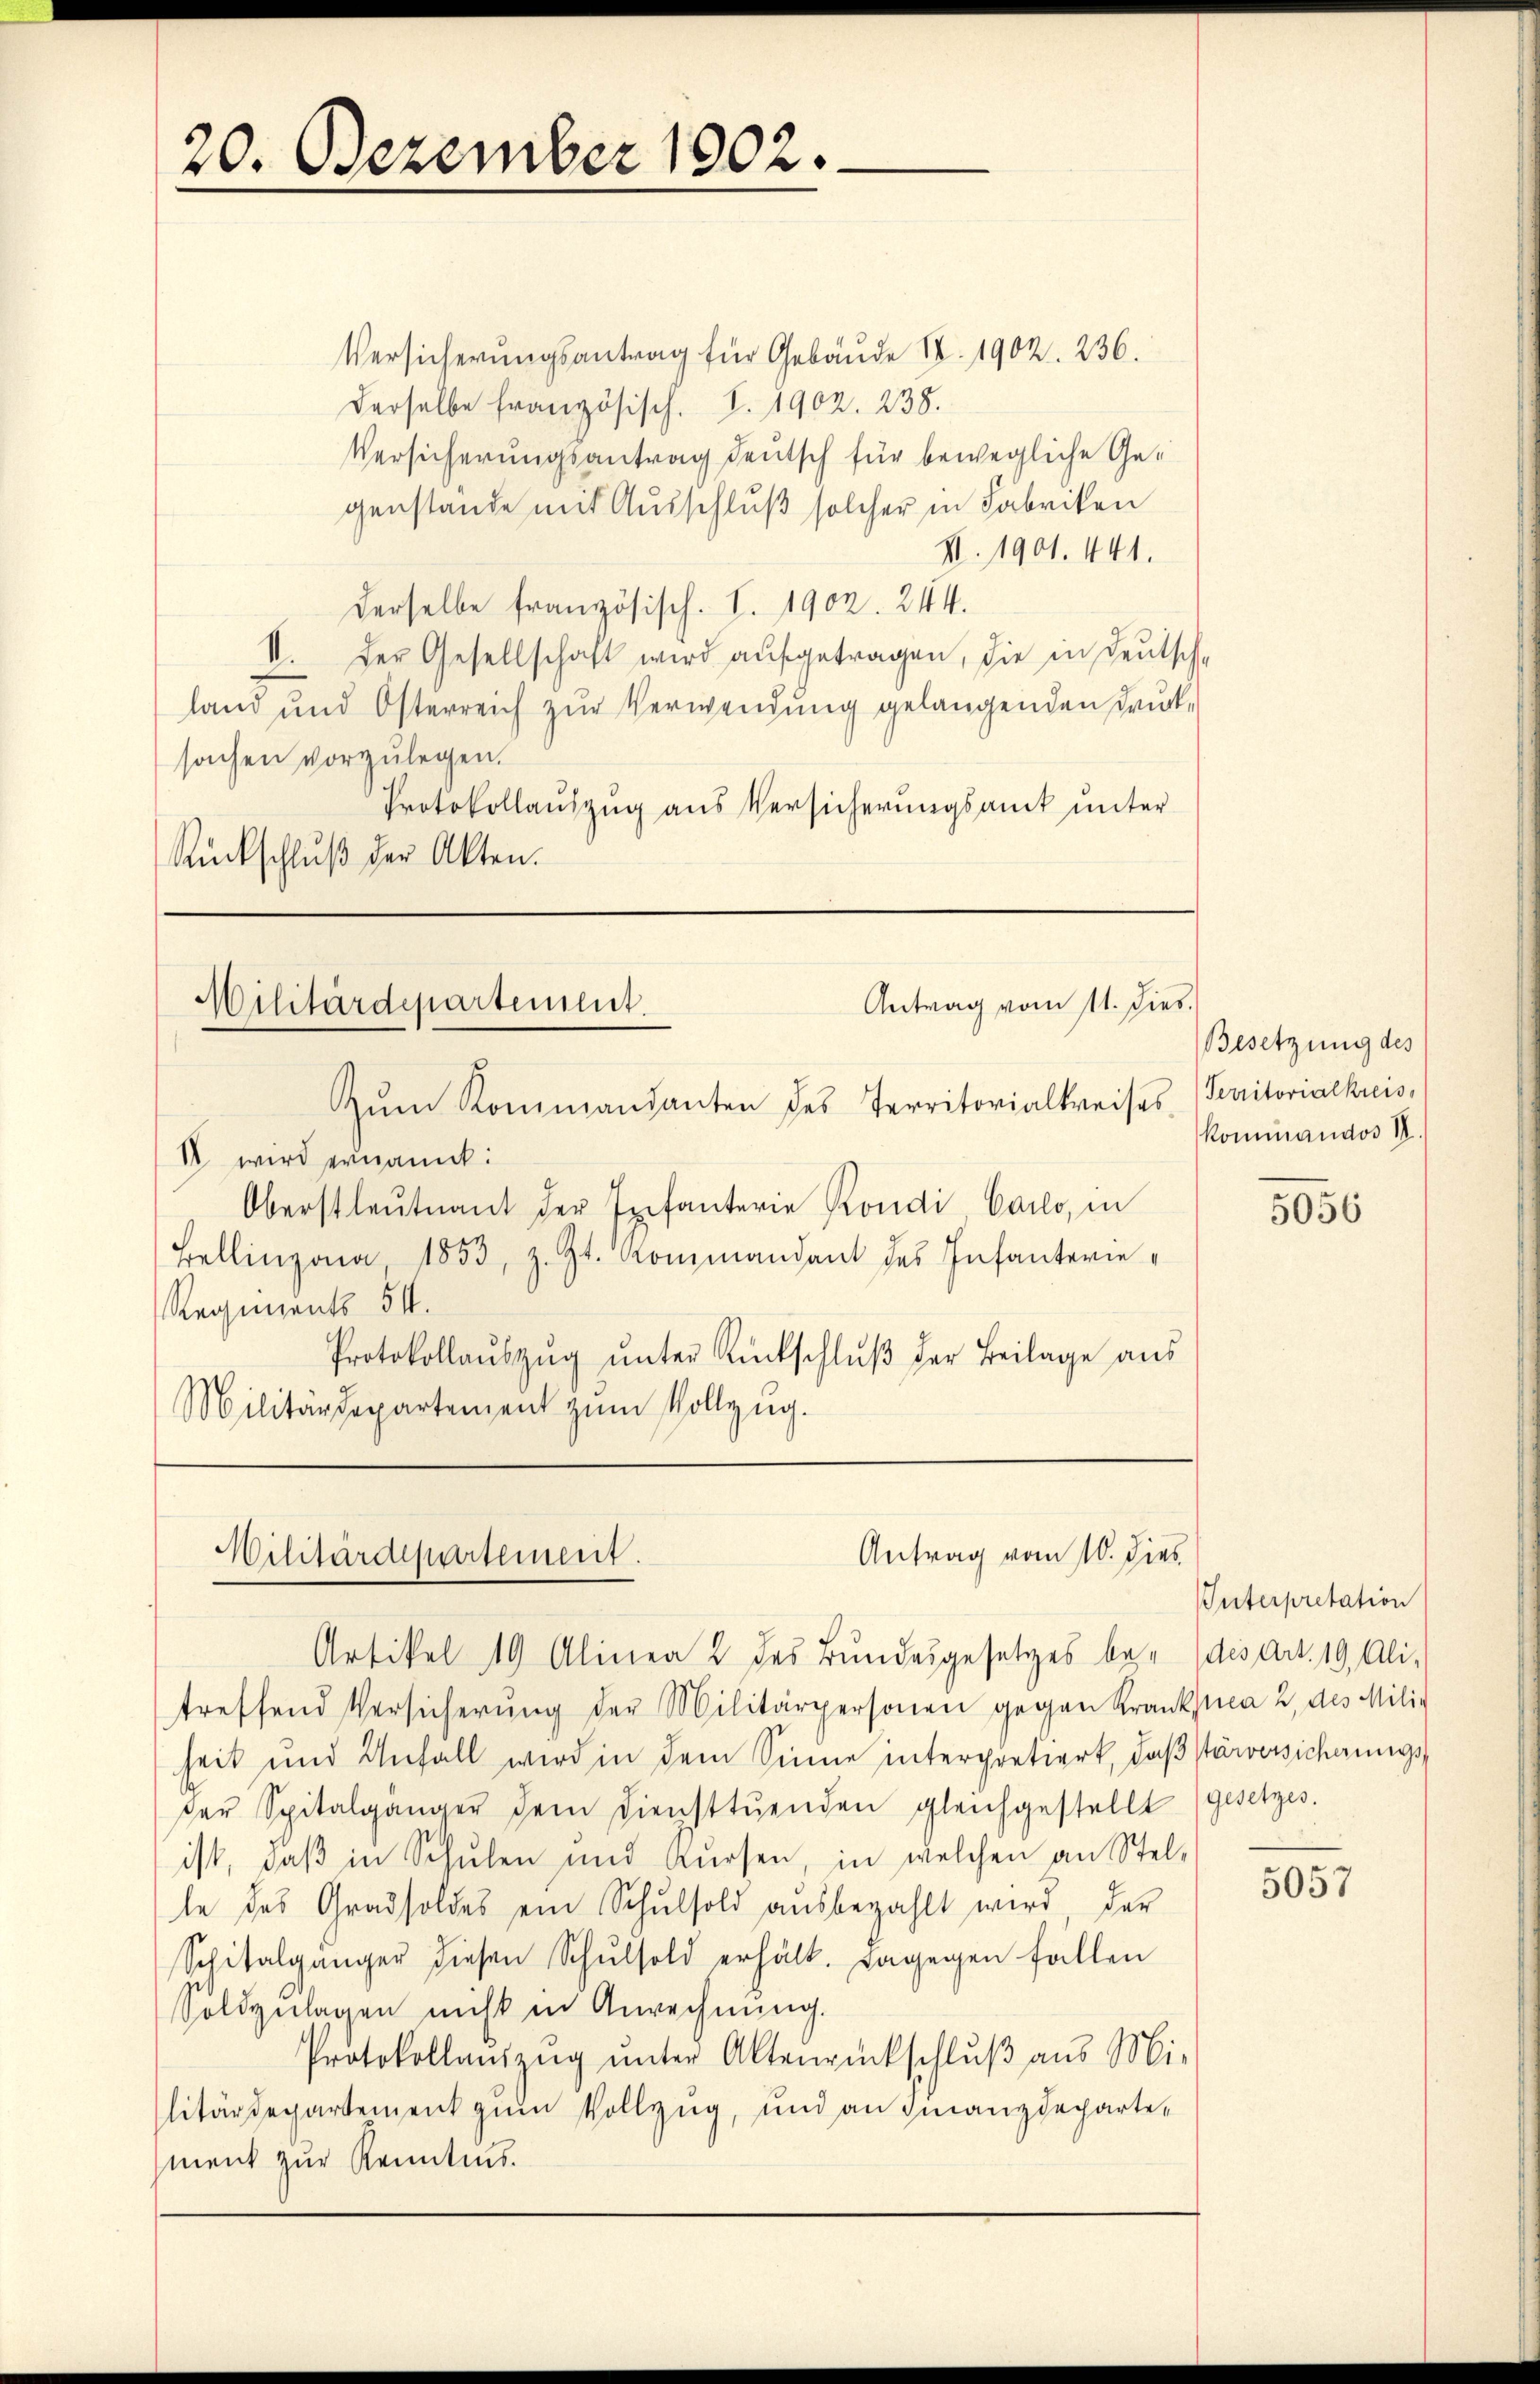
Versicherungsantrag für Gebäude S. 1902. 236.
derselbe französisch. I. 1902. 238.
Versicherungsantrag deutsch für bewegliche Gegenstande mit Ausschluß solcher in Fabriken
XI. 1901. 441.
derselbe französisch. S. 1902. 244.
II. Der Gesellschaft wird aŭfgetragen, die in deutsch-
land und Osterreich zur Verwendung gelangenden Drucksachen vorzŭlegen.
Protokollauszug aus Versicherungsamt unter
Rückschluß der Akten.

20. Dezember 1902.

Antrag vom 11. dies.
Militärdepartement.

Zŭm Kommandanten des Territorialkreises Territorialkreis,

Antrag vom 10. dies
Militärdepartement.

IV wird ernannt:
Oberstleutnant der Infanterie Kondi Carlo, in
Bellinzona, 1853, z. Zt. Kommandant des Infanterie¬
Regiments 51.
Protokollaŭszŭg ŭnter Rückschlŭβ der Beilage aŭs
Militärdepartement zum Vollzug.

Artikel 19 Alinea 2 des Bŭndesgesetzes be- des Art. 19, Ali-
treffend Versicherŭng der Militärpersonen gegen Kranksca 2 des Mili-
heit und Unfall wird in dem Sinne interpretiert, daβ stärversicherungs
der Spitalgänger dem Diensttŭenden gleichgestellt (gesetzes.
ist, daß in Schulen und Kursen in welchen an Stel-
le des Gradsoldes ein Schŭlsold aŭsbezahlt wird, der
Schitalgänger diesen Schŭlsold erhält. Dagegen fallen
Soldzulagen nicht in Anrechnung.
Protokollanzŭg ŭnter Altenrückschlŭβ aus Mi-
litärdepartement zum Vollzug, und an Finanzdepartement zur Kenntnis.

Besetzung des
Kommandos I.

5056

Interpretation

5057